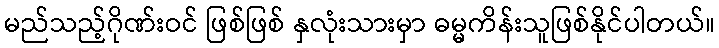
မည်သည့်ဂိုဏ်းဝင် ဖြစ်ဖြစ် နှလုံးသားမှာ ဓမ္မကိန်းသူဖြစ်နိုင်ပါတယ်။